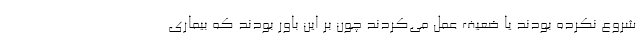
شروع نکرده بودند یا ضعیف عمل می‌کردند چون بر این باور بودند که بیماری